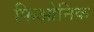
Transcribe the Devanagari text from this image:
फिओनिक